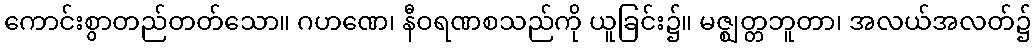
ကောင်းစွာတည်တတ်သော။ ဂဟဏေ၊ နီဝရဏစသည်ကို ယူခြင်း၌။ မဇ္ဈတ္တဘူတာ၊ အလယ်အလတ်၌